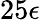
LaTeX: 25\epsilon